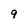
Character: 9